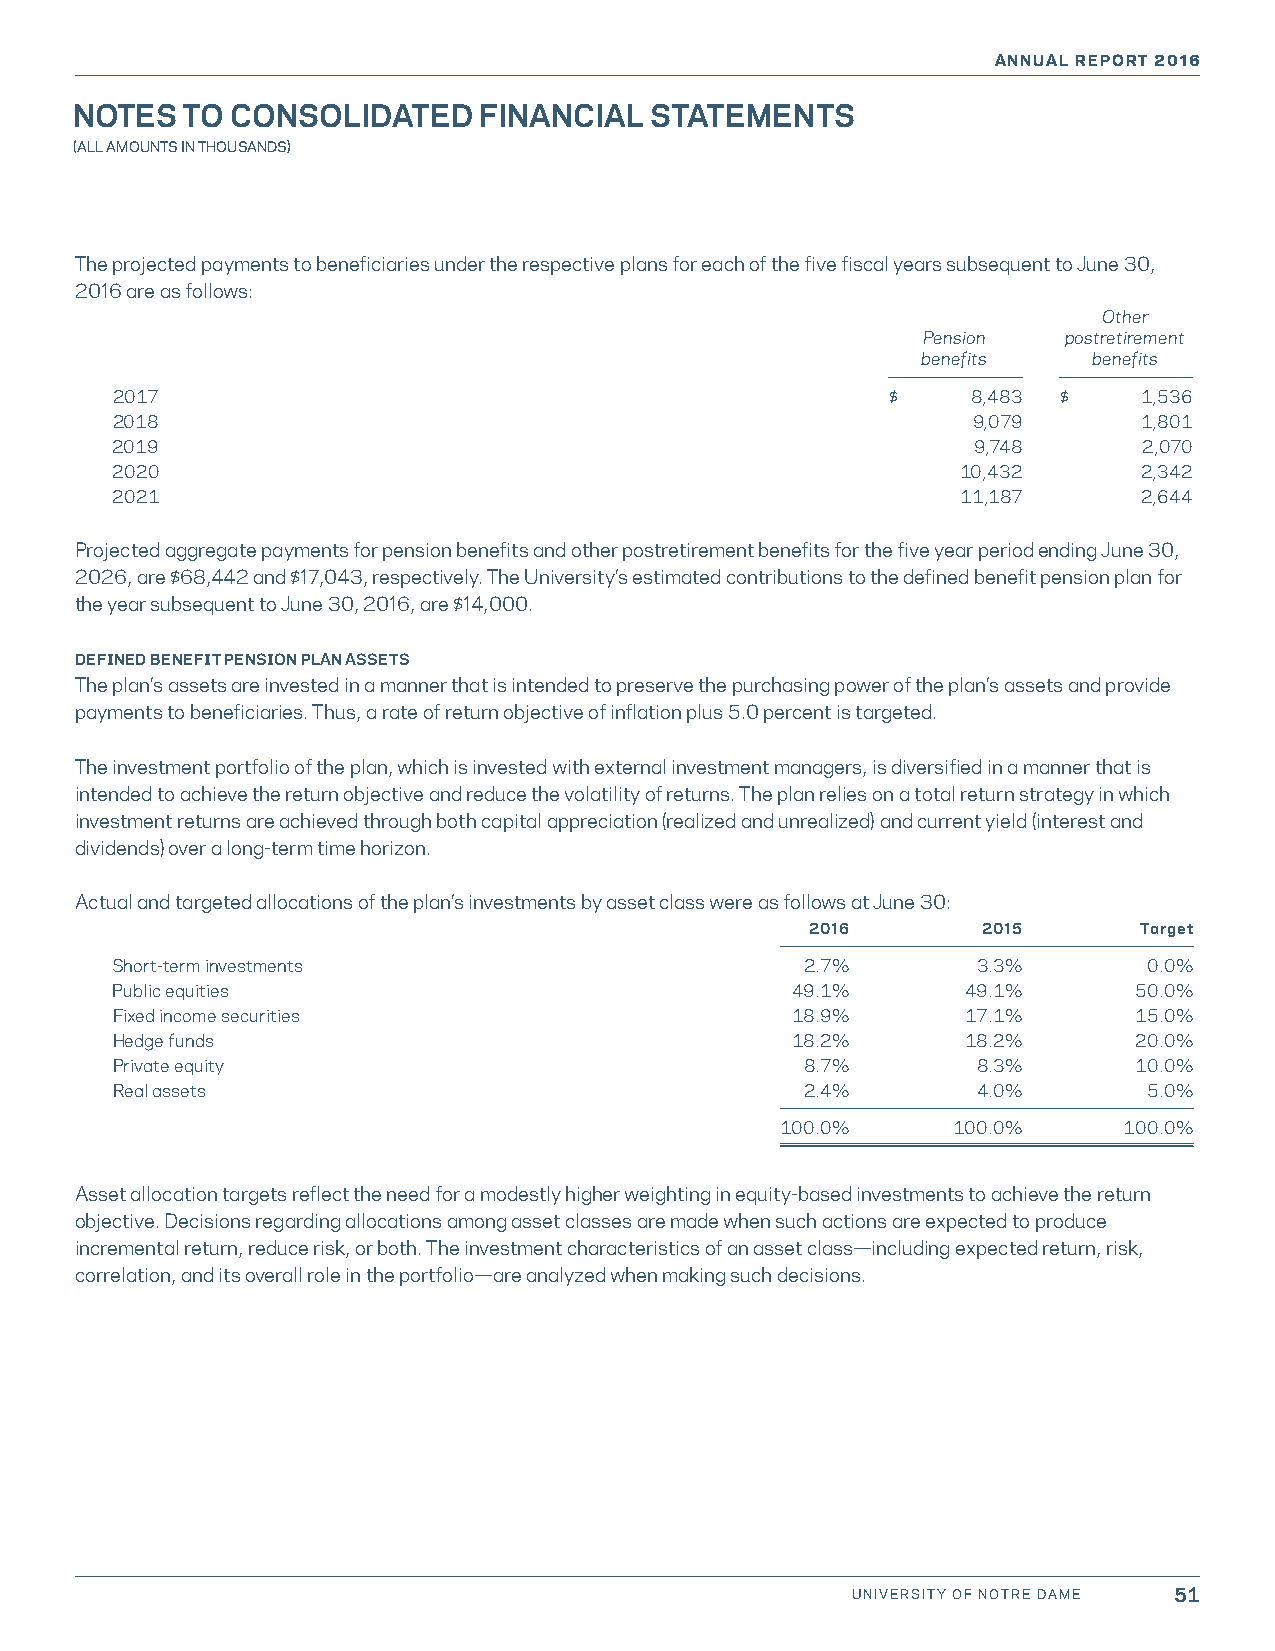
ANNUAL REPORT 2016
 NOTES  TO CONSOLIDATED     FINANCIAL  STATEMENTS
 (ALL AMOUNTS IN THOUSANDS)
 The projected payments to beneficiaries under the respective plans for each of the five fiscal years subsequent to June 30,
 2016 are as follows:
 Other
 Pension   postretirement
 benefits   benefits
 2017                                                $    8,483 $     1,536
 2018                                                     9,079       1,801
 2019                                                     9,748       2,070
 2020                                                     10,432      2,342
 2021                                                     11,187      2,644
 Projected aggregate payments for pension benefits and other postretirement benefits for the five year period ending June 30,
 2026, are $68,442 and $17,043, respectively. The University’s estimated contributions to the defined benefit pension plan for
 the year subsequent to June 30, 2016, are $14,000.
 DEFINED BENEFIT PENSION PLAN ASSETS
 The plan’s assets are invested in a manner that is intended to preserve the purchasing power of the plan’s assets and provide
 payments to beneficiaries. Thus, a rate of return objective of inflation plus 5.0 percent is targeted.
 The investment portfolio of the plan, which is invested with external investment managers, is diversified in a manner that is
 intended to achieve the return objective and reduce the volatility of returns. The plan relies on a total return strategy in which
 investment returns are achieved through both capital appreciation (realized and unrealized) and current yield (interest and
 dividends) over a long-term time horizon.
 Actual and targeted allocations of the plan’s investments by asset class were as follows at June 30:
 2016       2015      Target
 Short-term investments                        2.7%        3.3%       0.0%
 Public equities                              49.1%       49.1%      50.0%
 Fixed income securities                      18.9%       17.1%      15.0%
 Hedge funds                                  18.2%       18.2%      20.0%
 Private equity                                8.7%        8.3%      10.0%
 Real assets                                   2.4%        4.0%       5.0%
 100.0%     100.0%     100.0%
 Asset allocation targets reflect the need for a modestly higher weighting in equity-based investments to achieve the return
 objective. Decisions regarding allocations among asset classes are made when such actions are expected to produce
 incremental return, reduce risk, or both. The investment characteristics of an asset class—including expected return, risk,
 correlation, and its overall role in the portfolio—are analyzed when making such decisions.
 UNIVERSITY OF NOTRE DAME 51